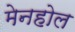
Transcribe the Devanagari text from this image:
मेनहोल